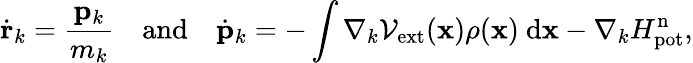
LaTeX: \dot{\mathbf r}_{k}=\frac{{\mathbf p}_{k}}{m_{k}}\quad\mathrm{and}\quad\dot{\mathbf p}_{k}=-\int{\nabla_{k}\mathcal{V}_{\mathrm{ext}}({\mathbf x})\rho({\mathbf x})\ \mathrm{d}{\mathbf x}}-\nabla_{k}H_{\mathrm{pot}}^{\mathrm{n}},